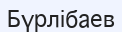
Бүрлібаев